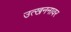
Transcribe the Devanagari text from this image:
उत्खननावर